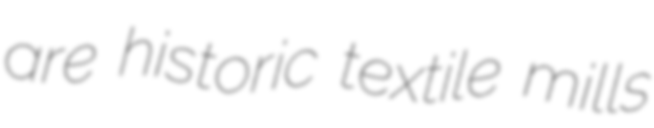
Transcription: are historic textile mills